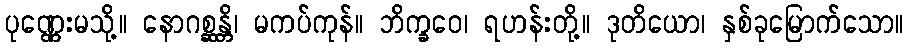
ပုဏ္ဏေးမသို့။ နောဂစ္ဆန္တိ၊ မကပ်ကုန်။ ဘိက္ခဝေ၊ ရဟန်းတို့။ ဒုတိယော၊ နှစ်ခုမြောက်သော။